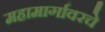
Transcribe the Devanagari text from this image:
महामार्गावरचे